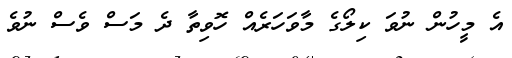
އެ މީހުން ނުވަ ކިލޯގެ މާވަހަރެއް ހޮވިތާ ދެ މަސް ވެސް ނުވެ